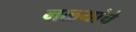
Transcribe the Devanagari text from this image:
नळ्यांचे